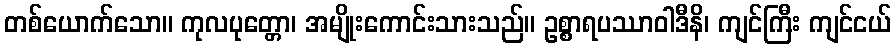
တစ်ယောက်သော။ ကုလပုတ္တော၊ အမျိုးကောင်းသားသည်။ ဥစ္စာရပဿာဝါဒီနိ၊ ကျင်ကြီး ကျင်ငယ်